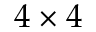
4 \times 4